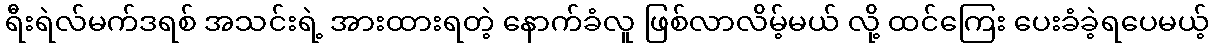
ရီးရဲလ်မက်ဒရစ် အသင်းရဲ့ အားထားရတဲ့ နောက်ခံလူ ဖြစ်လာလိမ့်မယ် လို့ ထင်ကြေး ပေးခံခဲ့ရပေမယ့်